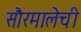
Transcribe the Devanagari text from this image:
सौरमालेची